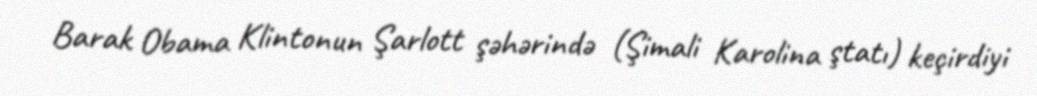
Barak Obama Klintonun Şarlott şəhərində (Şimali Karolina ştatı) keçirdiyi